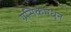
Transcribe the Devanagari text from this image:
ग्रसिकेमधून